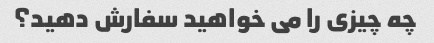
چه چیزی را می خواهید سفارش دهید؟